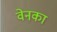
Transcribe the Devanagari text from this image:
वेनका